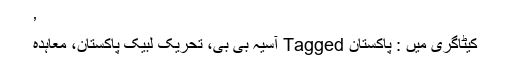
’
کیٹاگری میں : پاکستان Tagged آسیہ بی بی، تحریک لبیک پاکستان، معاہدہ